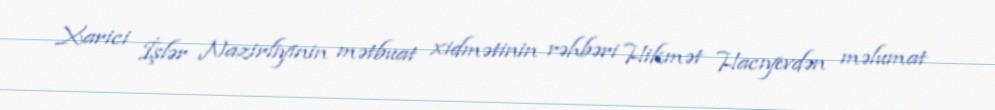
Xarici İşlər Nazirliyinin mətbuat xidmətinin rəhbəri Hikmət Hacıyevdən məlumat